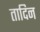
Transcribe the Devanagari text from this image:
तादिन